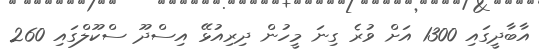
އާބާދީގައި 1300 އަށް ވުރެ ގިނަ މީހުން ދިރިއުޅޭ އިސްދޫ ސްކޫލްގައި 260